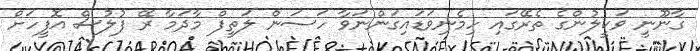
ގާނޫނީ ވަކީލުންގެ ތެރޭގައި ހިމެނިވަޑައިގަންނަވާ ހަސަން ލަތީފް މާދަމާ ރޭ ފުލުސް އޮފީހަށް